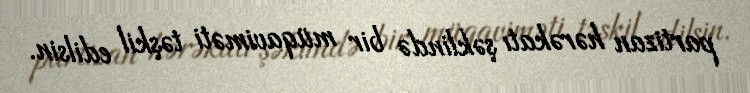
partizan hərəkatı şəklində bir müqaviməti təşkil edilsin.